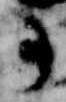
事